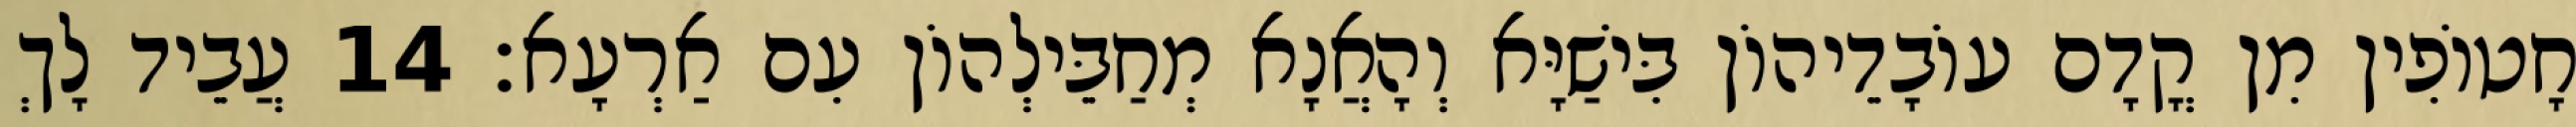
חָטוֹפִין מִן קֳדָם עוֹבָדֵיהוֹן בִּישַׁיָּא וְהָאֲנָא מְחַבֵּילְהוֹן עִם אַרְעָא׃ 14 עֲבֵיד לָךְ